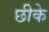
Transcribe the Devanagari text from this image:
छीके